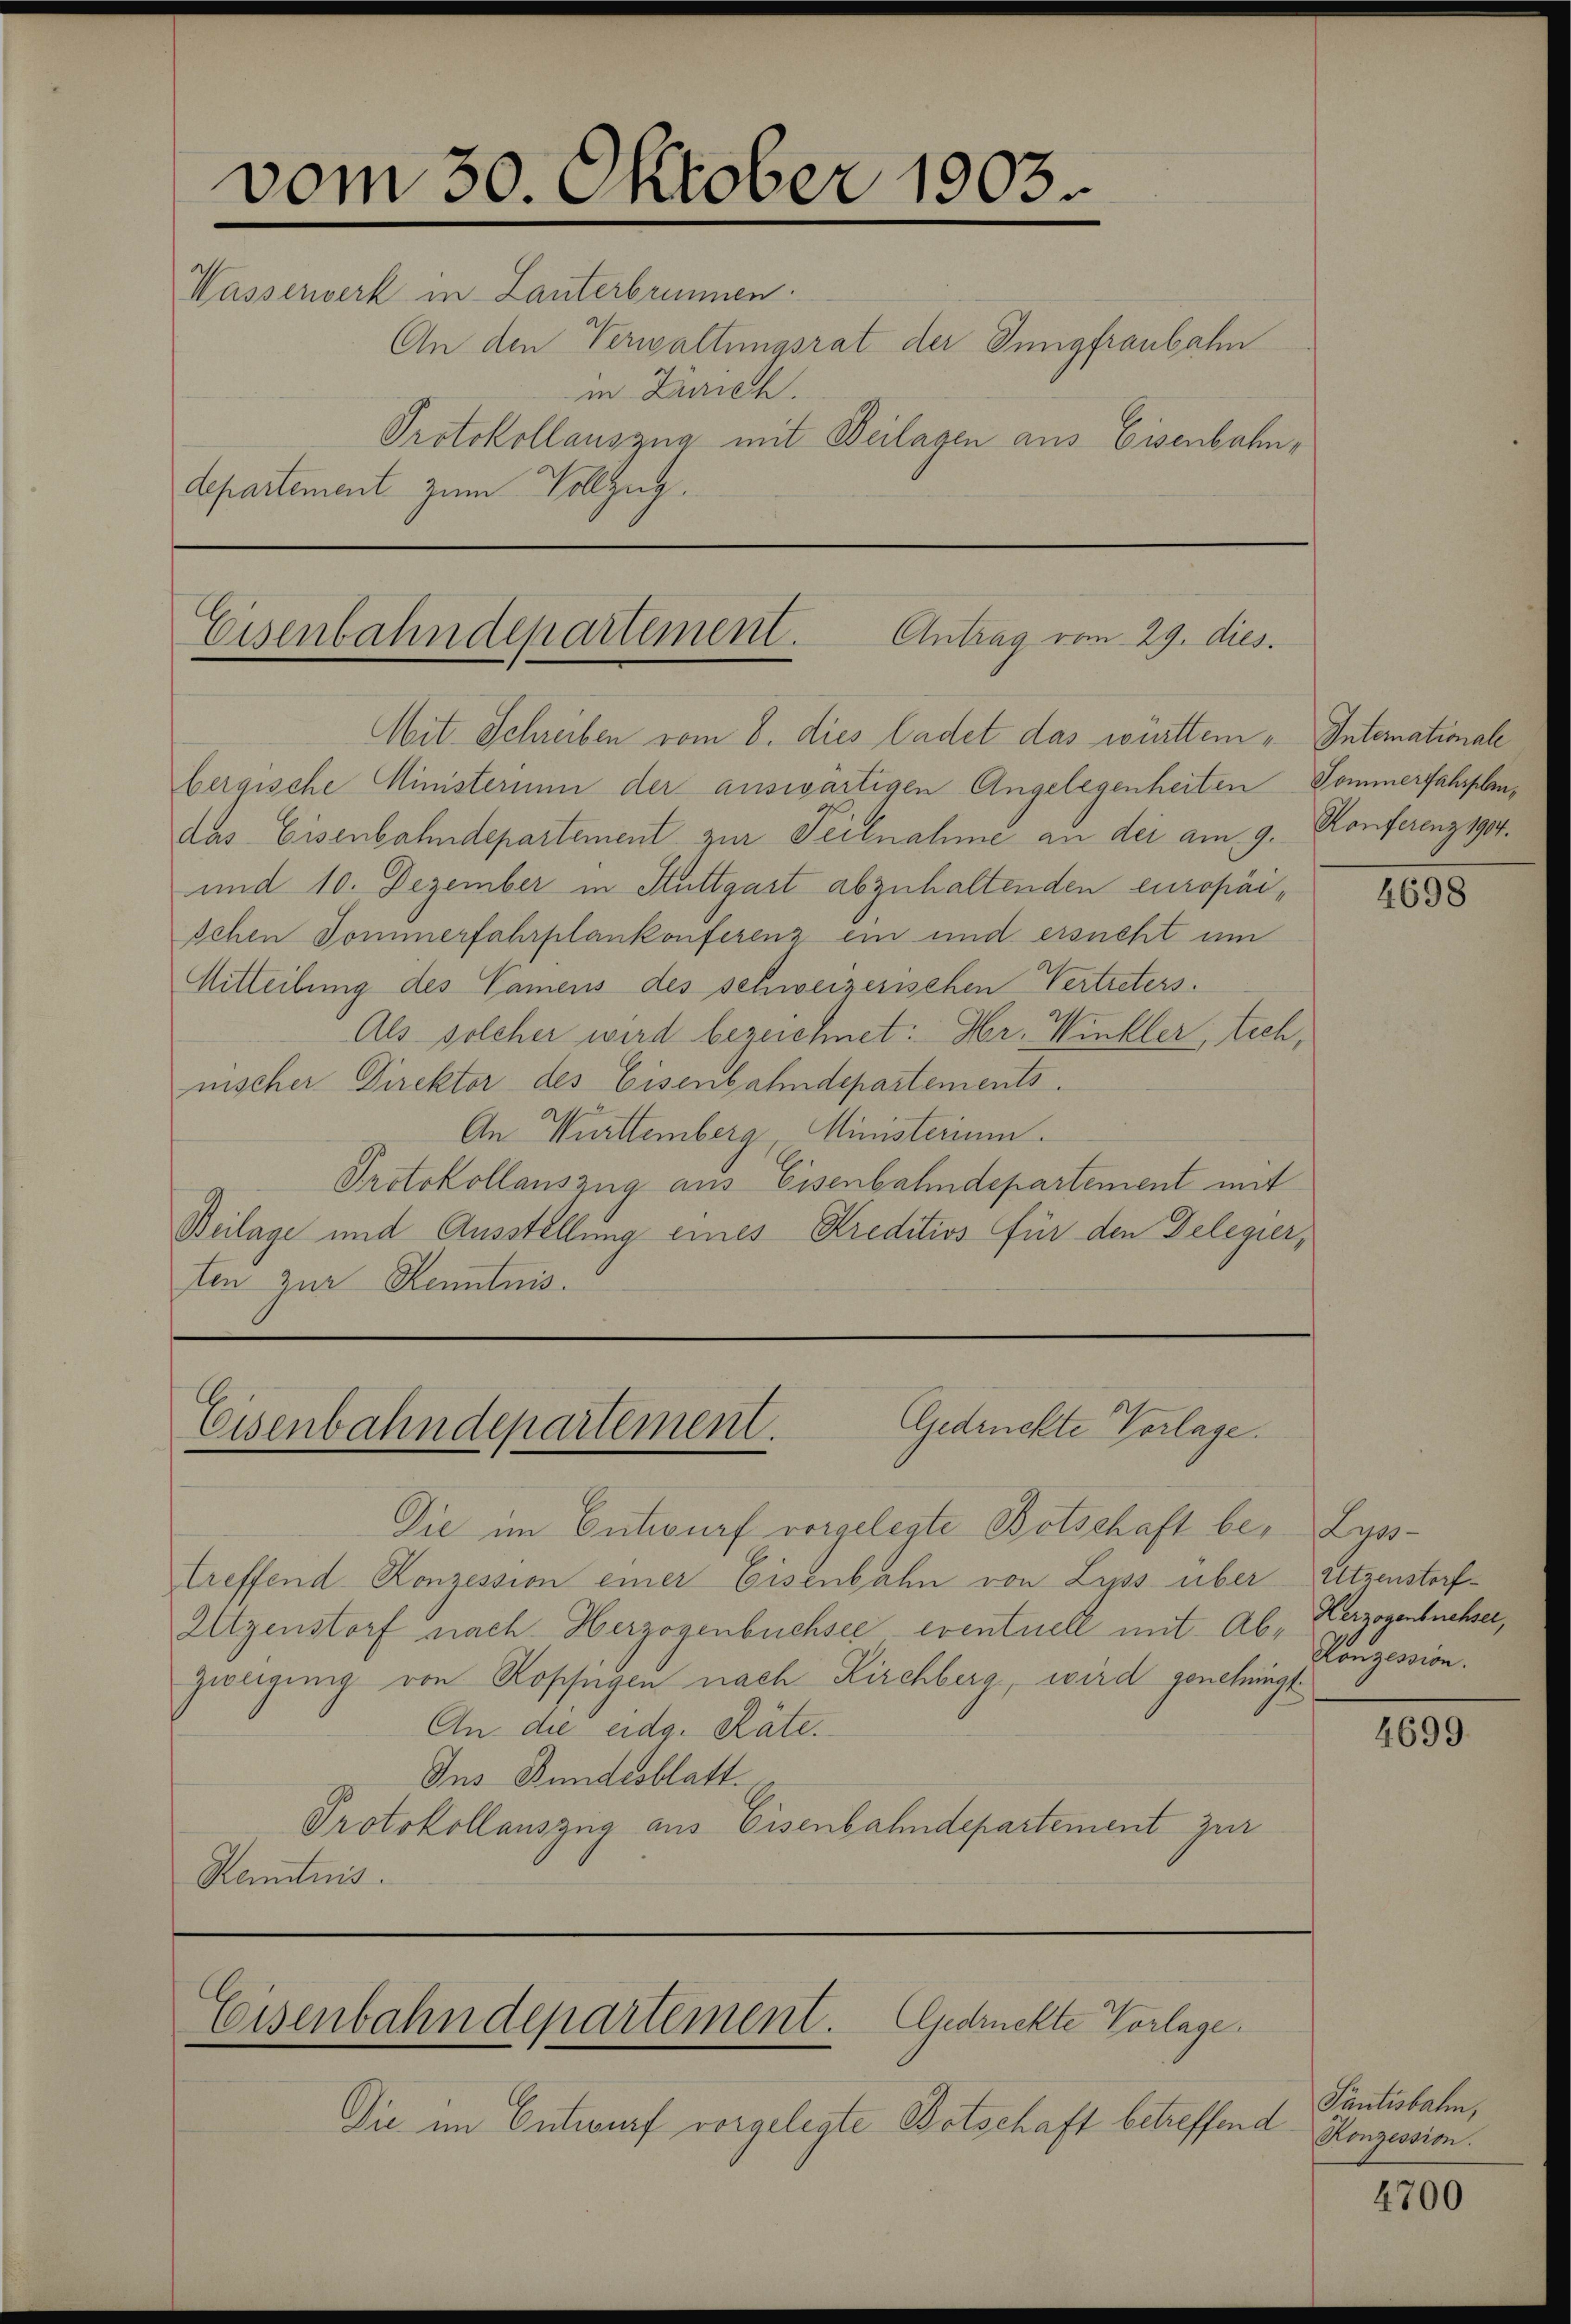
vom 30. Oktober 1903
Wasserwerk in Lanterbrunnen.
An den Verwaltungsrat der Innigfraubahn
in Zürich.
Protokollauszug mit Beilagen aus Eisenbahn,
Separtement zum Vollzug

Eisenbahndepartement. Antrag vom 29. dies.

Mit. Schreiben vom 8. dies ladet das württem Internationale
bergische Ministerium der auswärtigen Angelegenheiten Sommerfahrplindas Eisenbahndepartement zur Teilnahme an der am 9. Konferenz 1907.
und 10. Dezember in Stuttgast abzuhaltenden europaischen Dommerfahrplankonferenz ein und ersucht um
Mitteilung des Namens des schweizerischen Vertreters.
Als solcher wird bezeichnet: Hr. Winkler, tech,
nischer Direktor des Eisenbahndepartements.
An Württemberg Ministerium.
Protokollauszug aus Eisenbahndepartement mit
Beilage und Ausstellung eines Kreditios für den Delegier,
ten zur Kenntnis.

Gedrückte Verlage.
Eisenbahndepartement.

Die im Entwurf vorgelegte Botschaft be- Lusstreffend Konzession einer Eisenbahn von Lyss über Atzenstorf¬
Utzenstorf nach Herzogenbuchsee eventuell mit Ab- Herzogenbüchser,
Zweigung von Kopfingen nach Kirchberg, wird genehmigt
An die eidg. Räte.
Ins Bundesblatt.
Protokollauszug aus Eisenbahndepartement zur
Kenntnis.

Eisenbahndepartement. Gedruckte Vorlage.

Die im Entwurf vorgelegte Botschaft betreffend

4698

Konzession.

4699.

Pantisbahn,
Konzession.

4700